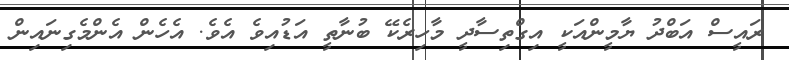
ރައީސް އަބްދު ޔާމީންއަކީ އިގްތިސާދީ މާހިރެކޭ ބުނާތީ އަޑުއިވެ އެވެ. އެހެން އެންމެގިނައިން